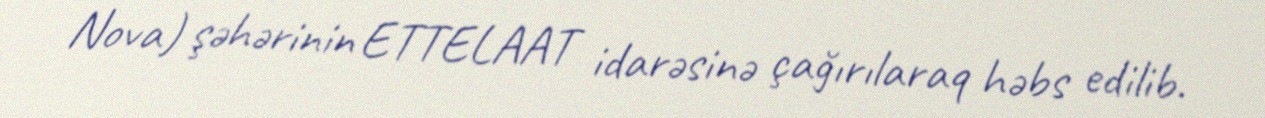
Nova) şəhərinin ETTELAAT idarəsinə çağırılaraq həbs edilib.